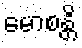
မောစန္တိ